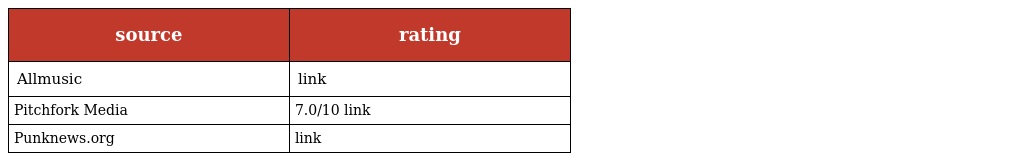
| source | rating |
 | --- | --- |
 | Allmusic | link |
 | Pitchfork Media | 7.0/10 link |
 | Punknews.org | link |